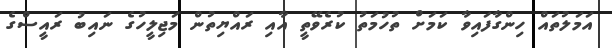
އަމަލުތައް ހިންގާފައިވާ ކަމަށް ތުހުމަތު ކުރެވޭތީ އާއި ރައްޔިތުން މަޖިލީހުގެ ނައިބު ރައީސްގެ